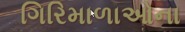
ગિરિમાળાઓના